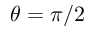
\theta = \pi / 2